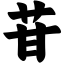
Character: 苷